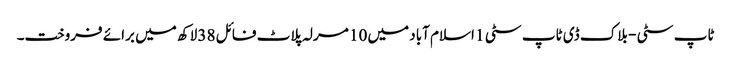
ٹاپ سٹی - بلاک ڈی ٹاپ سٹی 1 اسلام آباد میں 10 مرلہ پلاٹ فائل 38 لاکھ میں برائے فروخت۔